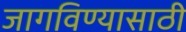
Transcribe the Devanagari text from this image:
जागविण्यासाठी